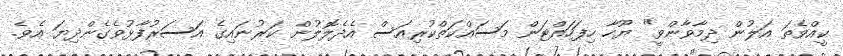
ކީއްވެތަ އަލުން ދިމާވާންވީ" ޔޫހާ ހިފަހައްޓަން މަސައްކަތްކުރިއަސް އެދެލޮލުން ކަރުނައިގެ އަސަރުފާޅުވެގެންދިޔަ އެވެ.